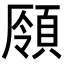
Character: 𩓒